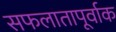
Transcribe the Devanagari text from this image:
सफलातापूर्वाक